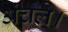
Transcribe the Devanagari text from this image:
अंचल।